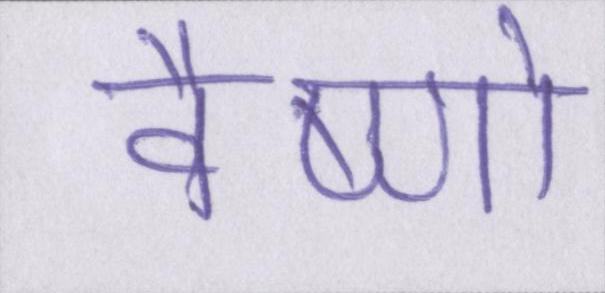
वैष्णो